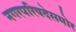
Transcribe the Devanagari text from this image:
नगरपरिषदेसमोर